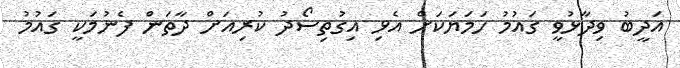
އަދީބު ވިދާޅުވީ ގައުމު ހަމަޔަކަށް އެޅި އިގުތިސޯދު ކުރިއަށް ދާތަން ފެނުމަކީ ގައުމު